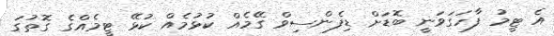
އެ ޓީމު ފާހަގަވަނީ ބޮޑަށް ޑިފެންސިވް ގޭމެއް ކުޅުމެއް ކުޅޭ ޓީމެއްގެ ގޮތުގަ